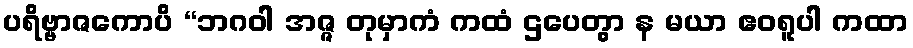
ပရိဗ္ဗာဇကောပိ “ဘဂဝါ အဇ္ဇ တုမှာကံ ကထံ ဌပေတွာ န မယာ ဧဝရူပါ ကထာ